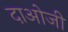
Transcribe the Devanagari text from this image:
दाओजी